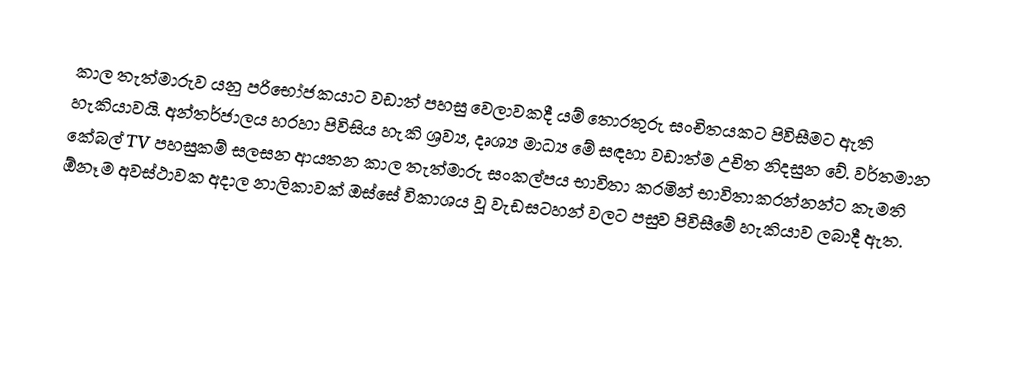
කාල තැත්මාරුව යනු පරිභෝජකයාට වඩාත් පහසු වෙලාවකදී යම් තොරතුරු සංචිතයකට පිවිසීමට ඇති හැකියාවයි. අන්තර්ජාලය හරහා පිවිසිය හැකි ශ්‍රව්‍ය, දෘශ්‍ය මාධ්‍ය මේ සඳහා වඩාත්ම උචිත නිදසුන වේ. වර්තමාන කේබල් TV පහසුකම් සලසන ආයතන කාල තැත්මාරු සංකල්පය භාවිතා කරමින් භාවිතාකරන්නන්ට කැමති ඕනෑම අවස්ථාවක අදාල නාලිකාවක් ඔස්සේ විකාශය වූ වැඩසටහන් වලට පසුව පිවිසීමේ හැකියාව ලබාදී ඇත.